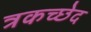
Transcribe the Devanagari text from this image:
त्रकच्छेद